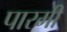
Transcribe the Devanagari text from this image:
पारमी